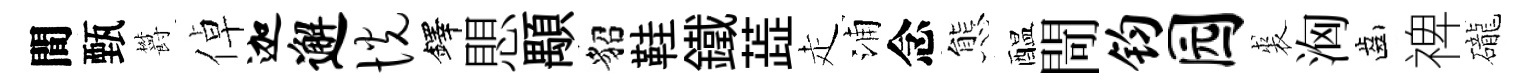
間甄欝倬迦邂恍鐸愳顒貂鞋鐵蕋走浦念態醖閜钧园裘洶齒禆礲